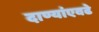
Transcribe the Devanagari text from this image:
दाण्यांएवढे